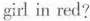
girl in red?